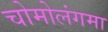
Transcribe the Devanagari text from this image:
चोमोलंगमा